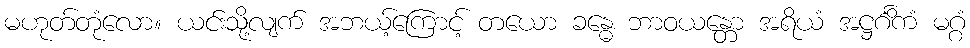
မဟုတ်တုံလော။ ယင်းသို့လျက် အဘယ့်ကြောင့် တယော ခန္ဓေ ဘာဝယန္တော အရိယံ အဋ္ဌင်္ဂိကံ မဂ္ဂံ